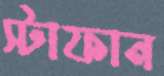
স্টাফান